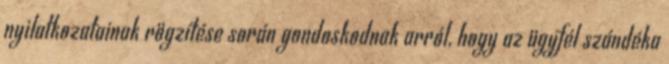
nyilatkozatainak rögzítése során gondoskodnak arról, hogy az ügyfél szándéka